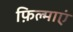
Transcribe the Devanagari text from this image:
फ़िल्माएं